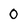
Character: 0